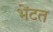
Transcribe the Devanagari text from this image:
भेंटत